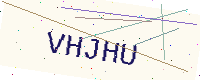
Text: VHJHU